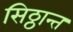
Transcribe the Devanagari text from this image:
सिठ्ठान्त